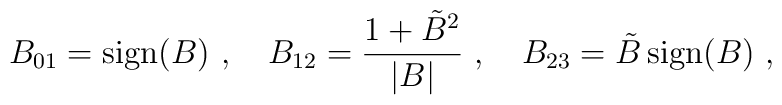
B_{01}={\rm sign}(B)\ , \ \ \  B_{12}={1+{\tilde B}^2\over |B|}\ ,\ \ \  B_{23}= \tilde{B}\, {\rm sign}(B)\ ,